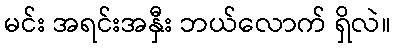
မင်း အရင်းအနှီး ဘယ်လောက် ရှိလဲ။